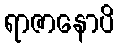
ရာဇာနောပိ